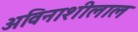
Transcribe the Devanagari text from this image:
अविनाशीलाल